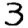
Digit: 3